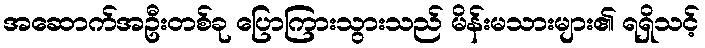
အဆောက်အဦးတစ်ခု ပြောကြားသွားသည် မိန်းမသားများ၏ ရရှိသင့်